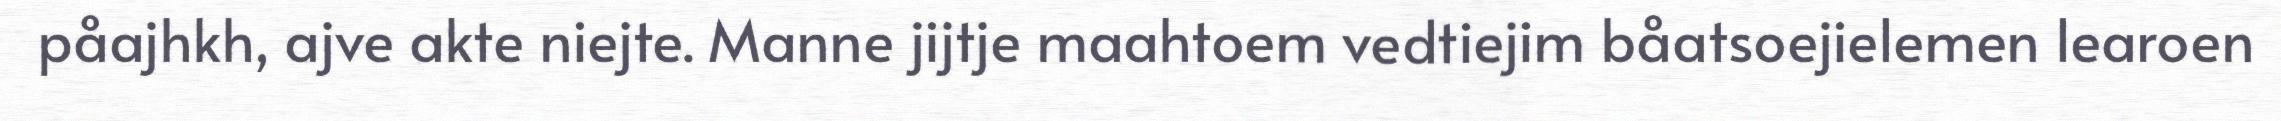
påajhkh, ajve akte niejte. Manne jijtje maahtoem vedtiejim båatsoejielemen learoen